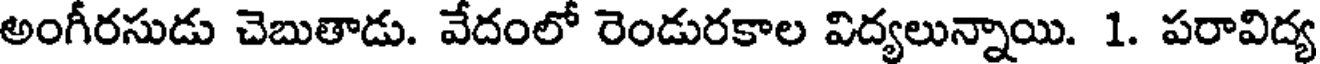
అంగీరసుడు చెబుతాడు. వేదంలో రెండురకాల విద్యలున్నాయి. 1. పరావిద్య